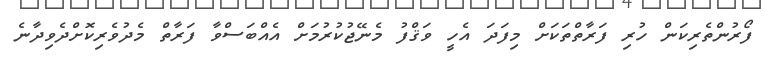
ފޯރުންތެރިކަން ހުރި ފަރާތްތަކަށް މިފަދަ އެހީ ވަޤްފު މެނޭޖުކުރުމަށް އެއްބަސްވާ ފަރާތް މެދުވެރިކޮށްދެވިދާނެ